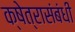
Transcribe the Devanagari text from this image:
क्षेत्रासंबंधी